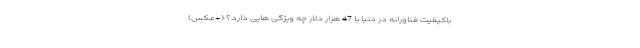
باکیفیت فناورانه در دنیا با 47 هزار دلار چه ویژگی هایی دارد؟ (+عکس)